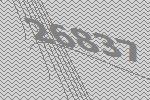
26837